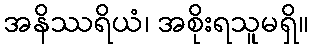
အနိဿရိယံ၊ အစိုးရသူမရှိ။